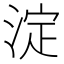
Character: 淀